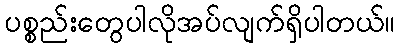
ပစ္စည်းတွေပါလိုအပ်လျက်ရှိပါတယ်။